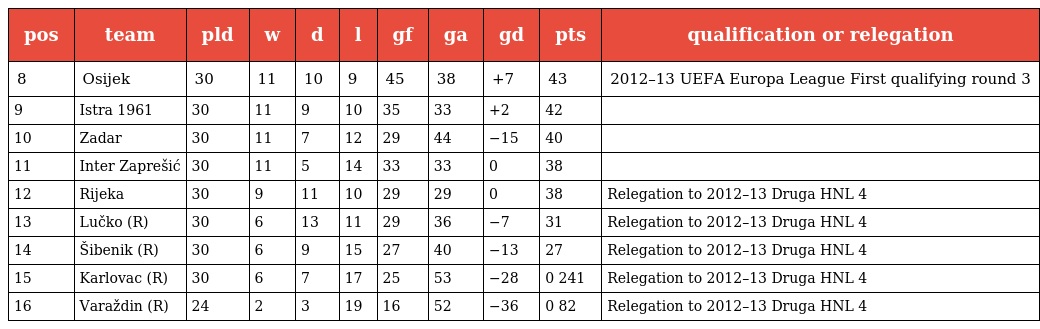
| pos | team | pld | w | d | l | gf | ga | gd | pts | qualification or relegation |
 | --- | --- | --- | --- | --- | --- | --- | --- | --- | --- | --- |
 | 8 | Osijek | 30 | 11 | 10 | 9 | 45 | 38 | +7 | 43 | 2012–13 UEFA Europa League First qualifying round 3 |
 | 9 | Istra 1961 | 30 | 11 | 9 | 10 | 35 | 33 | +2 | 42 |  |
 | 10 | Zadar | 30 | 11 | 7 | 12 | 29 | 44 | −15 | 40 |  |
 | 11 | Inter Zaprešić | 30 | 11 | 5 | 14 | 33 | 33 | 0 | 38 |  |
 | 12 | Rijeka | 30 | 9 | 11 | 10 | 29 | 29 | 0 | 38 | Relegation to 2012–13 Druga HNL 4 |
 | 13 | Lučko (R) | 30 | 6 | 13 | 11 | 29 | 36 | −7 | 31 | Relegation to 2012–13 Druga HNL 4 |
 | 14 | Šibenik (R) | 30 | 6 | 9 | 15 | 27 | 40 | −13 | 27 | Relegation to 2012–13 Druga HNL 4 |
 | 15 | Karlovac (R) | 30 | 6 | 7 | 17 | 25 | 53 | −28 | 0 241 | Relegation to 2012–13 Druga HNL 4 |
 | 16 | Varaždin (R) | 24 | 2 | 3 | 19 | 16 | 52 | −36 | 0 82 | Relegation to 2012–13 Druga HNL 4 |